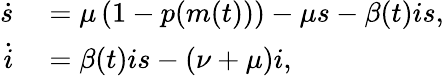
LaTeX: \begin{array}{rl}{\dot{s}}&{{}=\mu\left(1-p(m(t))\right)-\mu s-\beta(t)is,}\\ {\dot{i}}&{{}=\beta(t)is-(\nu+\mu)i,}\end{array}